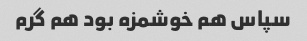
سپاس هم خوشمزه بود هم گرم